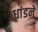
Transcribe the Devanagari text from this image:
धांडने